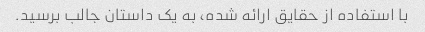
با استفاده از حقایق ارائه شده، به یک داستان جالب برسید.